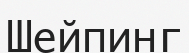
Шейпинг